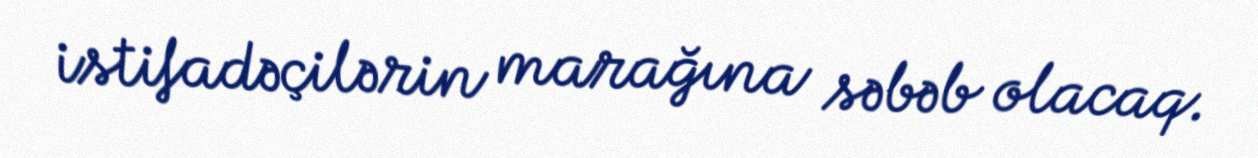
istifadəçilərin marağına səbəb olacaq.